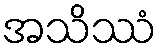
အသိဿံ